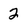
Character: 2